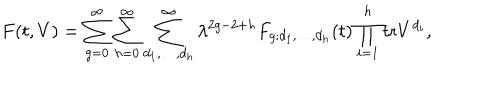
LaTeX: F ( t , V ) = \sum _ { g = 0 } ^ { \infty } \sum _ { h = 0 } ^ { \infty } \sum _ { d _ { 1 } , \ldots , d _ { h } } ^ { \infty } \lambda ^ { 2 g - 2 + h } F _ { g ; d _ { 1 } , \ldots , d _ { h } } ( t ) \prod _ { i = 1 } ^ { h } \mathrm { t r } V ^ { d _ { i } } ,